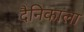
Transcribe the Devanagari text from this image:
दैनिकाला